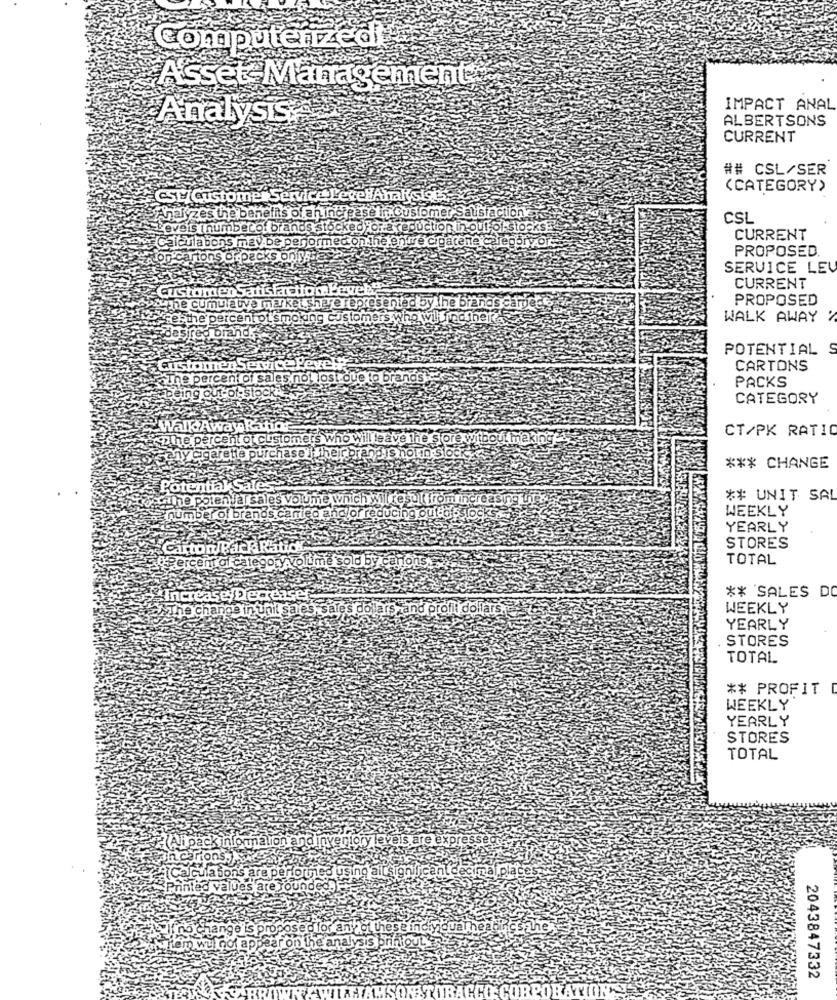
Computerized!
Asset Management
IMPACT ANAL
Analysis:
ALBERTSONS
CURRENT
## CSL/SER
(CATEGORY)
CSTCustomerService LevelAnakslots,
Analyzes the benefits of an increase in Customer Sausfaction
CSL
veis [ numberof brands stockedFor a reduction in out of stocks
CURRENT
Calcula bons may be performed on the entire cigarene Celeobry or
PROPOSED.
arions drpacks onssia
SERVICE LEV
ustomens
CURRENT
PROPOSED
he cumulative market share represented by the brands carpete
L'smoking customers who wil findthel'x
WALK AWAY
POTENTIAL S
CARTONS
percent of
otie to brands:
PACKS
CATEGORY
alk Away
CT/PK RATIO
he percent of customers who will leave the store wi
Chase i their brand is notin Stock
*** CHANGE
Potenti
The potenlar sale
Volume which will result from increasing wy
** UNIT SAL
WEEKLY
er of bran
ng out-dost
YEARLY
STORES
TOTAL
ht al categoryvolume sold b
** SALES DO
e in unil sa
les sales
zand profil dollars.
WEEKLY
YEARLY
STORES
TOTAL
** PROFIT
WEEKLY
YEARLY
STORES
TOTAL
veis are
values are you
id for any of thes
r on the analysis printout
2043847332
OHATION